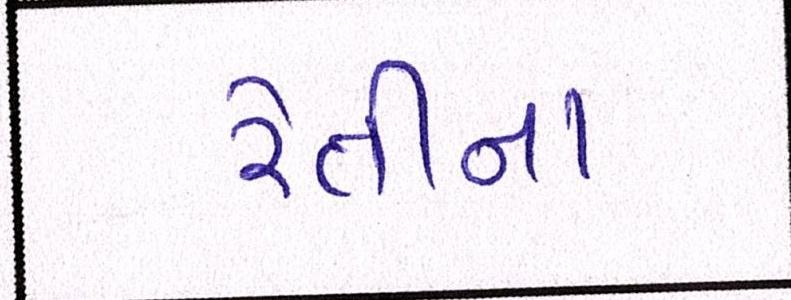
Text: રેતીના